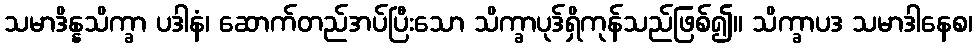
သမာဒိန္နသိက္ခာ ပဒါနံ၊ ဆောက်တည်အပ်ပြီးသော သိက္ခာပုဒ်ရှိကုန်သည်ဖြစ်၍။ သိက္ခာပဒ သမာဒါနေစ၊